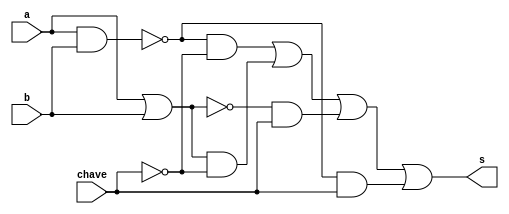
// --------------------------------------------------------
// Exemplo0033 - F4
// Nome: Felipe Torres
// --------------------------------------------------------
// --------------------------------------------------------
//  f4_gate
// --------------------------------------------------------
module f4 (output s, input a, input b, input chave);

wire s_and1;
wire s_and2;
wire s_and3;
wire s_and4;
wire s_and5;
wire s_or1;
wire s_or2;
wire s_not1;
wire s_nand1;
wire s_nor1;
// ---------------------- declarando as variaveis -------------------
	and AND1(s_and1, a, b);
	and AND2(s_and2, s_nand1, s_not1);
	and AND3(s_and3, s_or1, s_not1);
	and AND4(s_and4, s_nor1, chave);
	and AND5(s_and5, s_nand1, chave);
	
	or OR1(s_or1, a, b);
	or OR20(s, s_and2, s_and3, s_and4, s_and5);
	
	nand NAND1(s_nand1, a, b);
	
	nor NOR1(s_nor1, a, b);
	
	not NOT1(s_not1, chave);					  

endmodule // f4

module test_f4;
// ------------------------- definindo os dados ------------------------------
 reg x; 
 reg y; 
 reg c;
 wire s; 
 
 f4 modulo (s, x, y, c);
// ------------------------- parte principal ------------------------------
   initial begin
      $display("Exemplo0033 - Felipe Torres - 412738");
      $display("Test LU's module");
		
		
		#1 $monitor(" x: %2b \t y: %2b \t Resultado: %4b",x,y,s,c);
		#1 x = 2'b01; y = 2'b10; c = 0; 
	   #1 x = 2'b01; y = 2'b10; c = 1;  
	   #1 x = 2'b11; y = 2'b00; c = 0;
	   #1 x = 2'b11; y = 2'b00; c = 1; 
		#1 x = 2'b01; y = 2'b00; c = 0;
	   #1 x = 2'b01; y = 2'b00; c = 1; 
	   #1 x = 2'b10; y = 2'b10; c = 0;
	   #1 x = 2'b10; y = 2'b10; c = 1; 

end
endmodule // test_f4